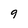
Character: 9